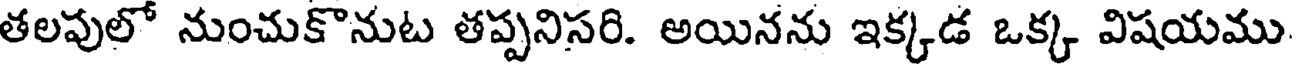
తలపులో నుంచుకొనుట తప్పనిసరి. అయినను ఇక్కడ ఒక్క విషయము